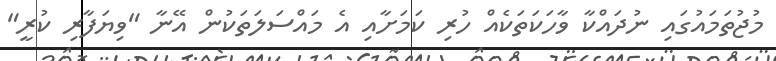
މުޖުތަމައުގައި ނުދައްކާ ވާހަކަތަކެއް ހުރި ކަމަށާއި އެ މައްސަލަތަކުން އޭނާ "ވިޔަފާރި ކުރީ"